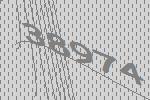
38974